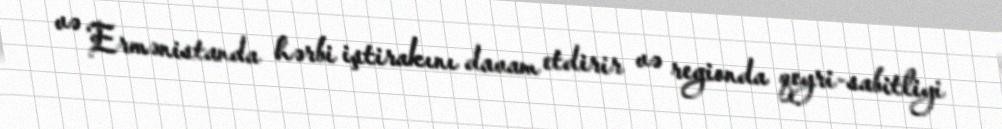
və Ermənistanda hərbi iştirakını davam etdirir və regionda qeyri-sabitliyi